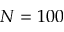
N = 1 0 0